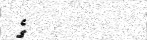
ގެ